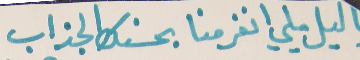
يا ليل يلي انغرمنا بحسنك الجذاب